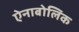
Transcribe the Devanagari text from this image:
ऐनाबोलिक